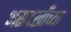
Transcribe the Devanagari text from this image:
असदखाँच्या